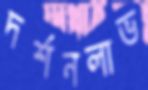
দর্শনলাভ